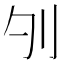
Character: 𠚭